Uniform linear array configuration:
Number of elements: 4
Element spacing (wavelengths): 0.75
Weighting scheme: exponential
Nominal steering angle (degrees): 0
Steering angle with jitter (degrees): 0.06694
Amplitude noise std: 0.05
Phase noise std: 0.05

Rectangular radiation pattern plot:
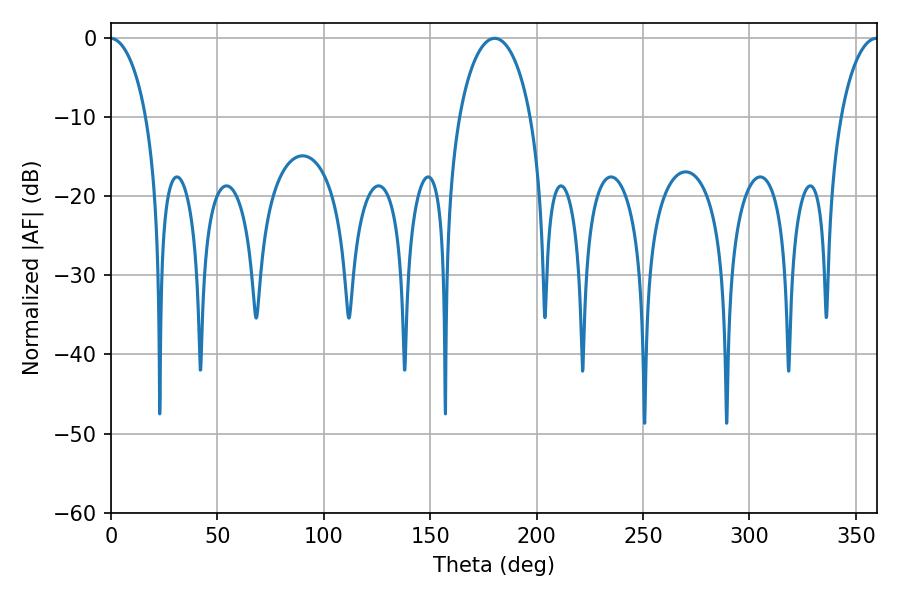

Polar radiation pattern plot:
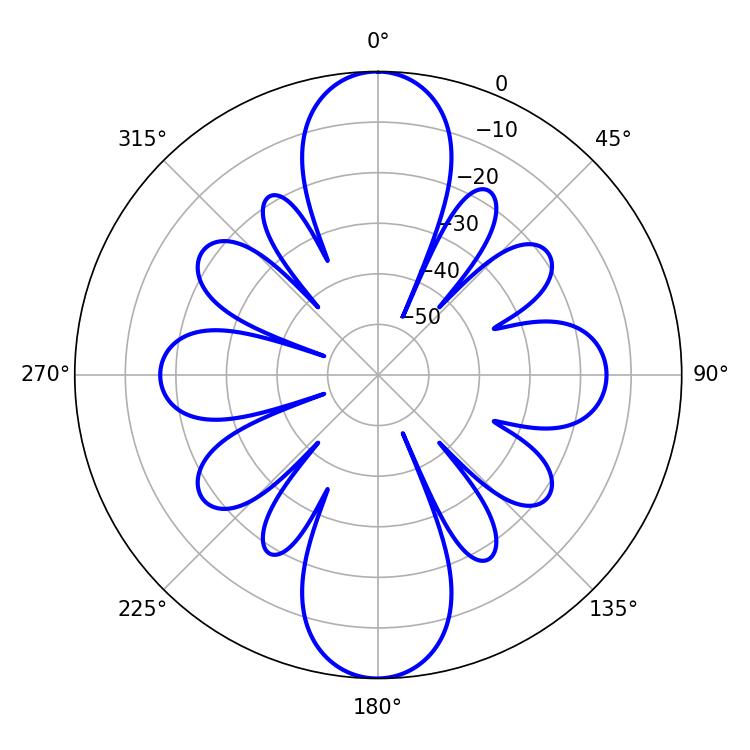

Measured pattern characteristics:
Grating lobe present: TRUE
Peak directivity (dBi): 39.285
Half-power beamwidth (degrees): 19.26
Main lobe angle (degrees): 180.36